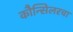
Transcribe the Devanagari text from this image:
कौन्सिलरचा